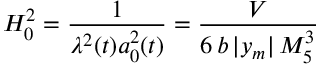
H _ { 0 } ^ { 2 } = \frac { 1 } { \lambda ^ { 2 } ( t ) a _ { 0 } ^ { 2 } ( t ) } = \frac { V } { 6 \, b \, | y _ { m } | \, M _ { 5 } ^ { 3 } } \,